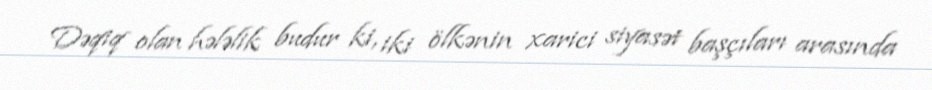
Dəqiq olan hələlik budur ki, iki ölkənin xarici siyasət başçıları arasında